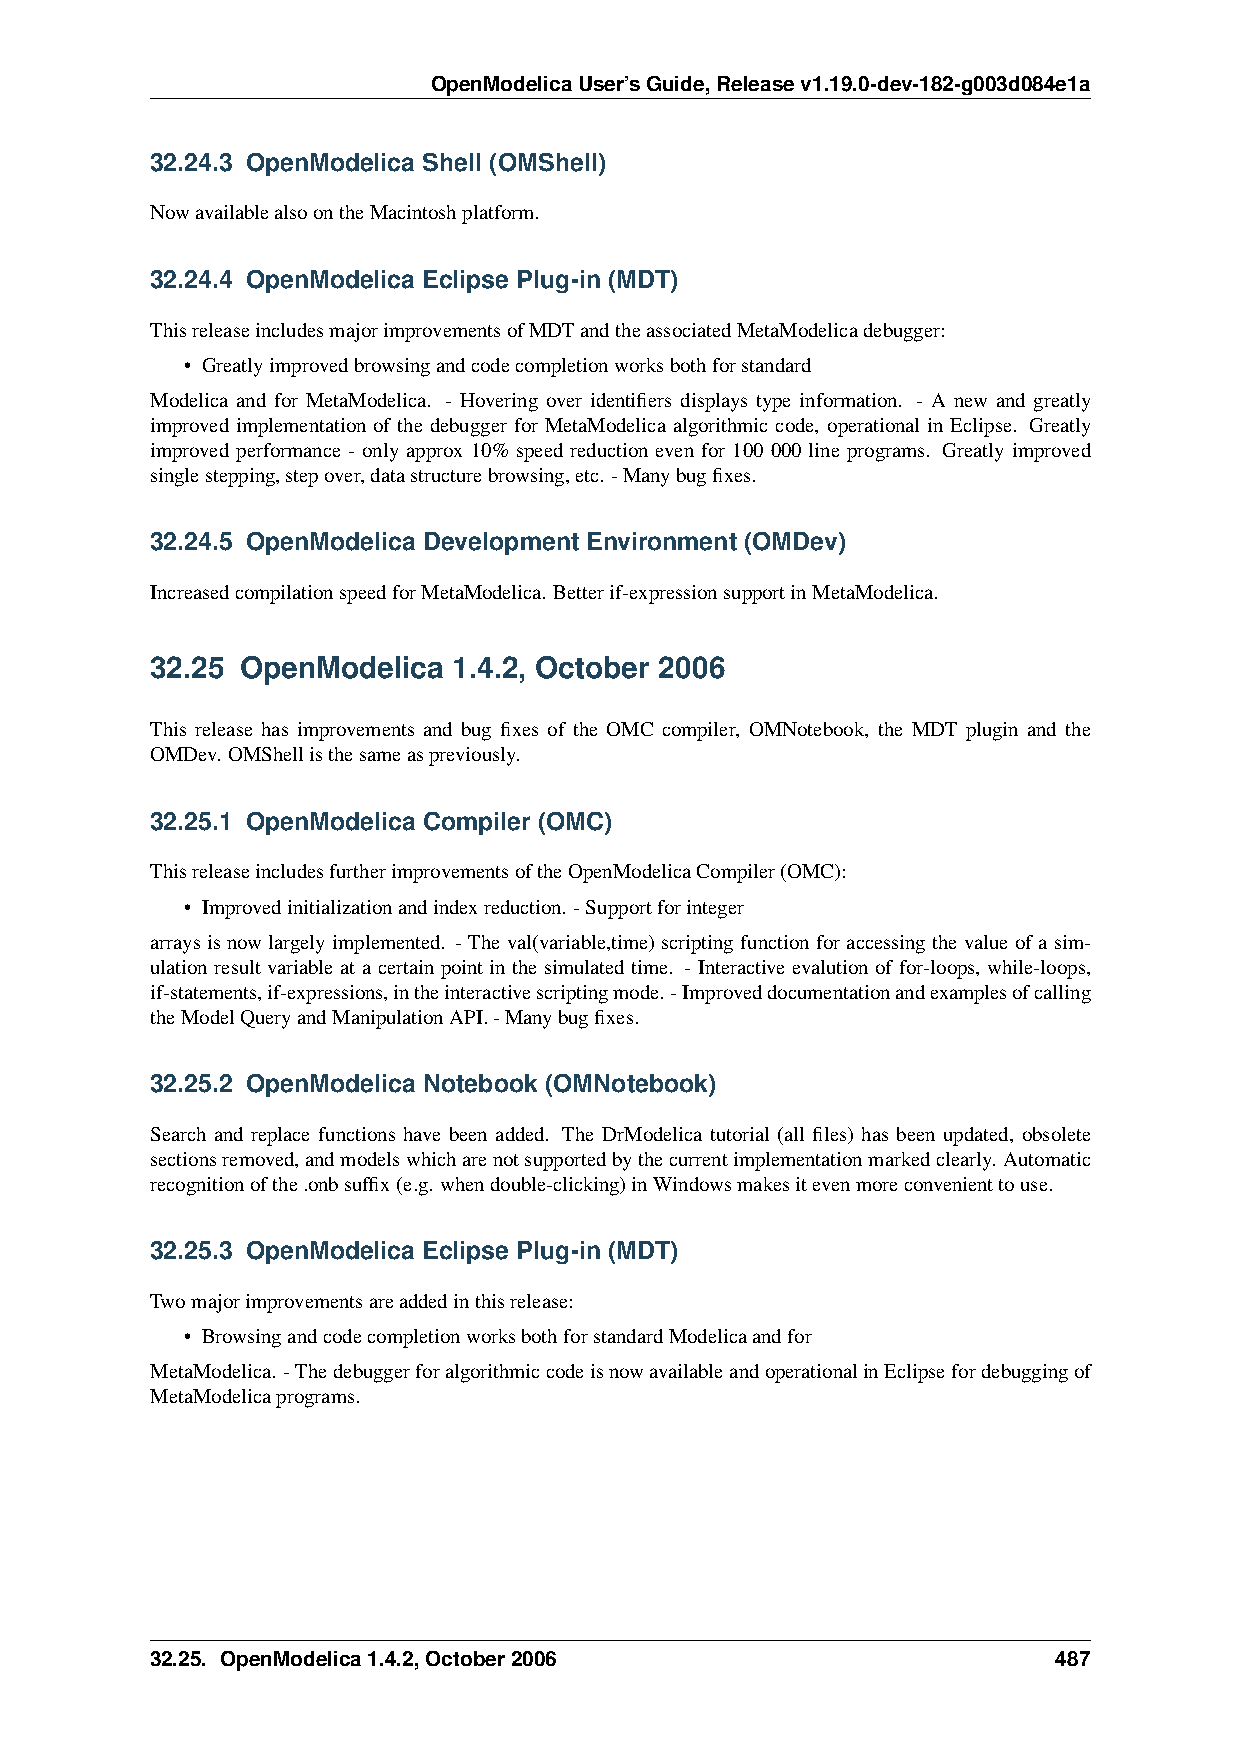
OpenModelicaUser’sGuide,Releasev1.19.0-dev-182-g003d084e1a
 32.24.3 OpenModelica Shell (OMShell)
 NowavailablealsoontheMacintoshplatform.
 32.24.4 OpenModelica Eclipse Plug-in (MDT)
 ThisreleaseincludesmajorimprovementsofMDTandtheassociatedMetaModelicadebugger:
 • Greatlyimprovedbrowsingandcodecompletionworksbothforstandard
 Modelica and for MetaModelica. - Hovering over identifiers displays type information. - A new and greatly
 improved implementation of the debugger for MetaModelica algorithmic code, operational in Eclipse. Greatly
 improved performance - only approx 10% speed reduction even for 100 000 line programs. Greatly improved
 singlestepping,stepover,datastructurebrowsing,etc. -Manybugfixes.
 32.24.5 OpenModelica Development Environment (OMDev)
 IncreasedcompilationspeedforMetaModelica. Betterif-expressionsupportinMetaModelica.
 32.25 OpenModelica  1.4.2, October 2006
 This release has improvements and bug fixes of the OMC compiler, OMNotebook, the MDT plugin and the
 OMDev. OMShellisthesameaspreviously.
 32.25.1 OpenModelica Compiler (OMC)
 ThisreleaseincludesfurtherimprovementsoftheOpenModelicaCompiler(OMC):
 • Improvedinitializationandindexreduction. -Supportforinteger
 arrays is now largely implemented. - The val(variable,time) scripting function for accessing the value of a sim-
 ulation result variable at a certain point in the simulated time. - Interactive evalution of for-loops, while-loops,
 if-statements,if-expressions,intheinteractivescriptingmode.-Improveddocumentationandexamplesofcalling
 theModelQueryandManipulationAPI.-Manybugfixes.
 32.25.2 OpenModelica Notebook (OMNotebook)
 Search and replace functions have been added. The DrModelica tutorial (all files) has been updated, obsolete
 sectionsremoved,andmodelswhicharenotsupportedbythecurrentimplementationmarkedclearly. Automatic
 recognitionofthe.onbsuffix(e.g. whendouble-clicking)inWindowsmakesitevenmoreconvenienttouse.
 32.25.3 OpenModelica Eclipse Plug-in (MDT)
 Twomajorimprovementsareaddedinthisrelease:
 • BrowsingandcodecompletionworksbothforstandardModelicaandfor
 MetaModelica. -ThedebuggerforalgorithmiccodeisnowavailableandoperationalinEclipsefordebuggingof
 MetaModelicaprograms.
 32.25. OpenModelica1.4.2,October2006                        487